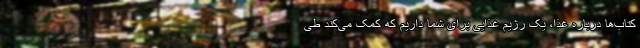
کتاب‌ها درباره غذا، یک رژیمِ غذایی برای شما داریم که کمک می‌کند طی